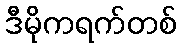
ဒီမိုကရက်တစ်